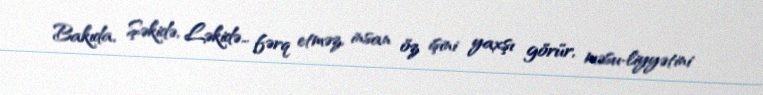
Bakıda, Şəkidə, Ləkidə… fərq etməz, insan öz işini yaxşı görür, məsu­liyyətini